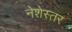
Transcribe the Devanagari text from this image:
नेशेस्तर